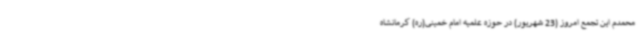
محمدم این تجمع امروز (23 شهریور) در حوزه علمیه امام خمینی(ره) کرمانشاه